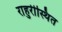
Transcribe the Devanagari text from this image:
राहुरीस्थित